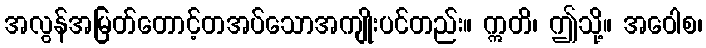
အလွန်အမြတ်တောင့်တအပ်သောအကျိုးပင်တည်း။ ဣတိ၊ ဤသို့။ အဝေါစ၊